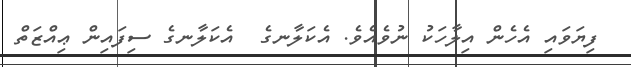
ފިޔަވައި އެހެން އިލާހަކު ނުވެއެވެ. އެކަލާނގެ  އެކަލާނގެ ސިފައިން ޢިއްޒަތް